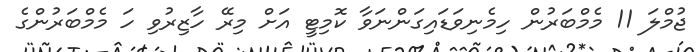
ޖުމްލަ 11 މެމްބަރުން ހިމެނިވަޑައިގަންނަވާ ކޮމިޓީ އަށް މިރޭ ހާޒިރުވި ހަ މެމްބަރުންގެ